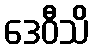
ဒေဝီသိ